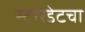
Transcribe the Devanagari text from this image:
स्टारडेटचा